画像に写った文字を読んでください
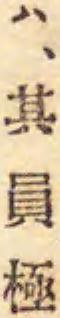
「ハ、其員極」と書いてあります